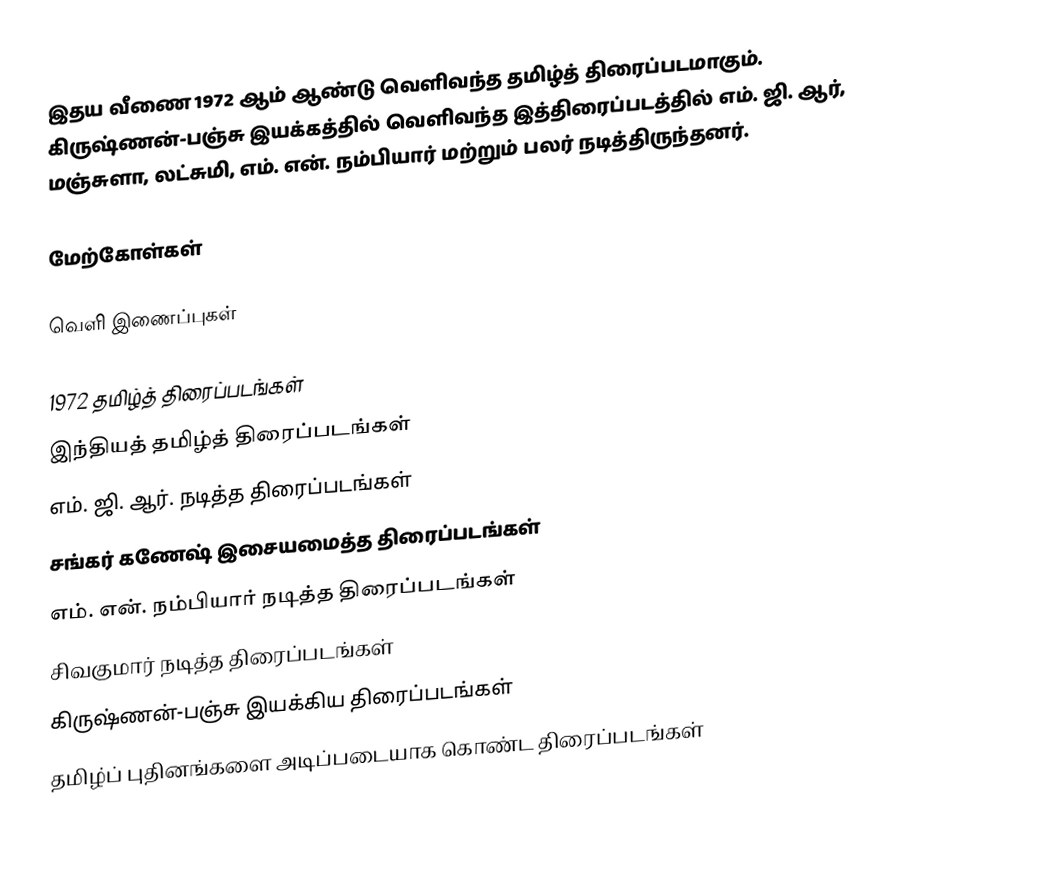
இதய வீணை 1972 ஆம் ஆண்டு வெளிவந்த தமிழ்த் திரைப்படமாகும். கிருஷ்ணன்-பஞ்சு  இயக்கத்தில் வெளிவந்த இத்திரைப்படத்தில் எம். ஜி. ஆர், மஞ்சுளா, லட்சுமி, எம். என். நம்பியார் மற்றும் பலர் நடித்திருந்தனர்.

மேற்கோள்கள்

வெளி இணைப்புகள்

1972 தமிழ்த் திரைப்படங்கள்
இந்தியத் தமிழ்த் திரைப்படங்கள்
எம். ஜி. ஆர். நடித்த திரைப்படங்கள்
சங்கர் கணேஷ் இசையமைத்த திரைப்படங்கள்
எம். என். நம்பியார் நடித்த திரைப்படங்கள்
சிவகுமார் நடித்த திரைப்படங்கள்
கிருஷ்ணன்-பஞ்சு இயக்கிய திரைப்படங்கள்
தமிழ்ப் புதினங்களை அடிப்படையாக கொண்ட திரைப்படங்கள்